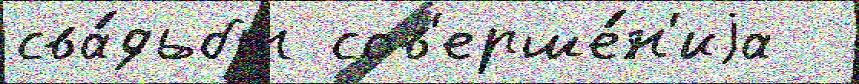
сва́дьбы сов'ерше́н'иjа